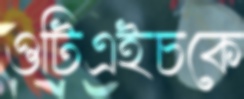
ওটিএইচকে